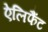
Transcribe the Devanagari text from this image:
ऐलिफैंट